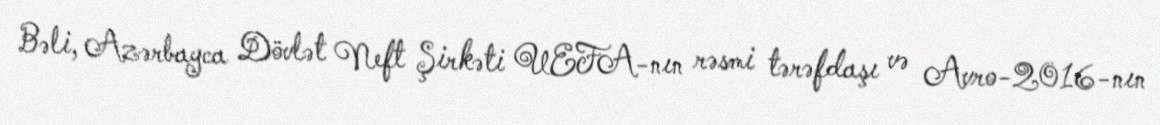
Bəli, Azərbayca Dövlət Neft Şirkəti UEFA-nın rəsmi tərəfdaşı və Avro-2016-nın